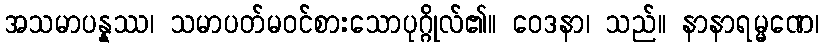
အသမာပန္နဿ၊ သမာပတ်မဝင်စားသောပုဂ္ဂိုလ်၏။ ဝေဒနာ၊ သည်။ နာနာရမ္မဏေ၊